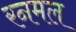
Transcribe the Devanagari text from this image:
रनमल